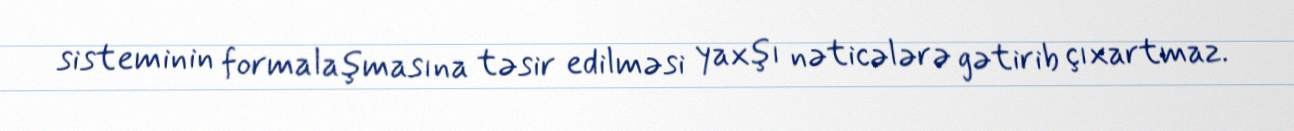
sisteminin formalaşmasına təsir edilməsi yaxşı nəticələrə gətirib çıxartmaz.